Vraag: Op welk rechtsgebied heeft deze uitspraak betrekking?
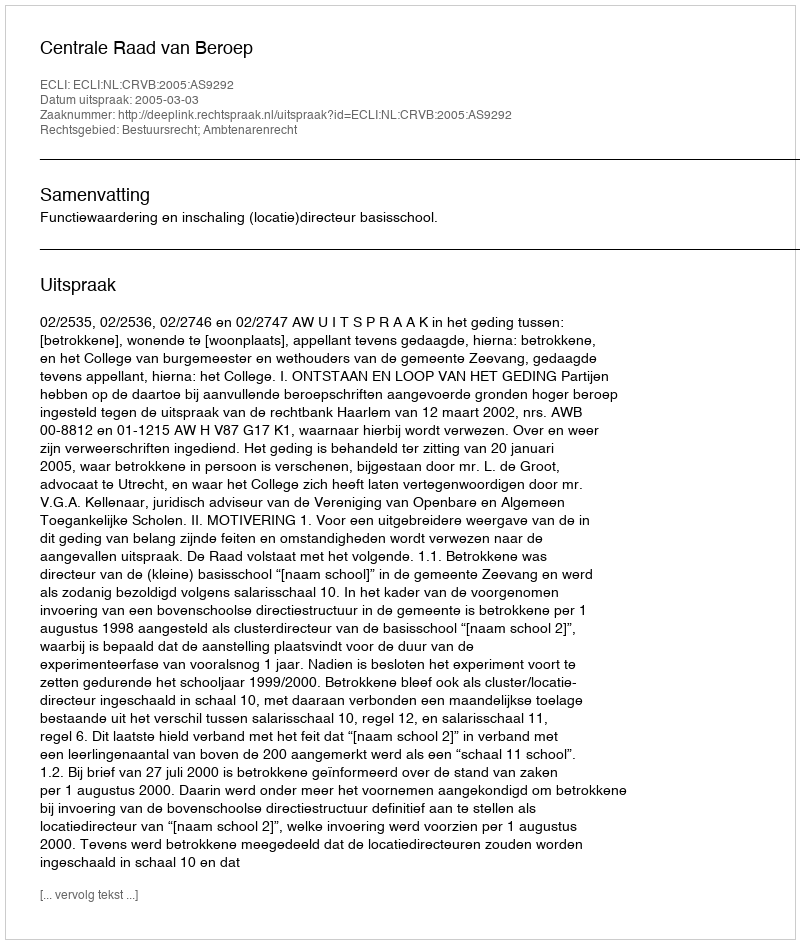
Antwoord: Bestuursrecht; Ambtenarenrecht